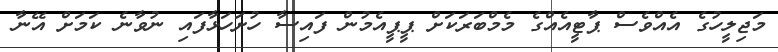
މަޖިލީހުގެ އެއްވެސް ޕާޓީއެއްގެ މެމްބަރަކަށް ޕީޕީއެމުން ފައިސާ ހުށަހަޅާފައި ނުވާނެ ކަމަށް އޭނާ